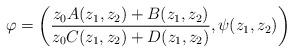
LaTeX: \begin{align*}\varphi=\left(\frac{z_0A(z_1,z_2)+B(z_1,z_2)}{z_0C(z_1,z_2)+D(z_1,z_2)},\psi(z_1,z_2)\right)\end{align*}